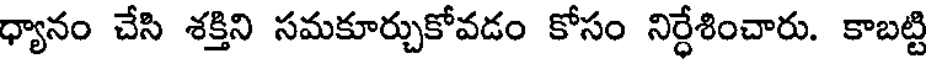
ధ్యానం చేసి శక్తిని సమకూర్చుకోవడం కోసం నిర్ధేశించారు. కాబట్టి